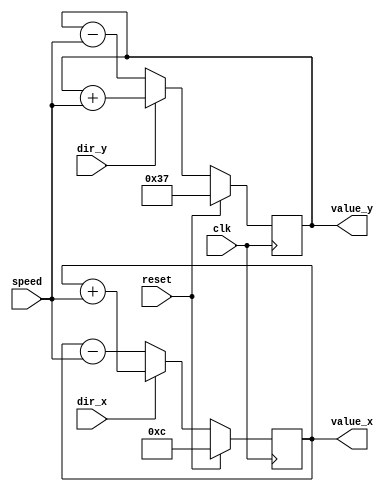
// Module with counters that determining the ball position
// Moves the ball according to the direction given and outputs the position
module ballpos(
	clk,
	reset,
	speed,
	dir_x,		// 0 = LEFT, 1 = RIGHT
	dir_y,		// 0 = UP, 1 = DOWN
	value_x,
	value_y,
	);

	input clk;
	input [4:0] speed;
	input reset;
	input dir_x, dir_y;
	output [10:0] value_x, value_y;

	reg [10:0] value_x, value_y;

	// the initial position of the ball is at the top of the screen, in the middle
	initial begin
		value_x <= 11'b0010;
		value_y <= 11'b110111;
	end

	always @ (posedge clk) begin
		if (reset) begin
			  value_x <= 11'b1100;
		    value_y <= 11'b110111;
		end
		else begin
			// increment x
			if (dir_x) begin
				// right
				value_x <= value_x + speed;
			end
			else begin
				// left
				value_x <= value_x - speed;
			end

			// increment y
			if (dir_y) begin
				// down
				value_y <= value_y + speed;
			end
			else begin
				// up
				value_y <= value_y - speed;
			end
		end
	end

endmodule

// ballcollisions module
// Determines if the ball hits a block or the wall of the playing field
// Outputs the next direction of the ball given the position of the ball
module ballcollisions(
	clk,
	reset,
	ball_x,
	ball_y,
	dir_x,
	dir_y,
	oob,
	hit,
	// selected start direction from user
	dir_ystart,
	// input blocks
	bar1,
	bar2,
	bar3,
	bar4,
	);
	//dir_x,		// 0 = LEFT, 1 = RIGHT
	//dir_y,		// 0 = UP, 1 = DOWN
	// 1 if vertical
	// 0 if horz
	input clk, reset;
	input dir_ystart;
	input [10:0] ball_x, ball_y;
	input [15:0] bar1;
	input [15:0] bar2;
	input [15:0] bar3;
	input [15:0] bar4;
	// hit = 1 if it hits the target, 0 o/w
	// oob = 1 if it hits left wall,
	output dir_x, dir_y, hit, oob;
	reg dir_x, dir_y, hit, oob;

	initial begin
		dir_x <= 1; // Start right bc left is outofbounds
		dir_y <= dir_ystart; // Selected direction for y from user
		oob <= 0;
		hit <= 0;
	end

	always @ (posedge clk) begin
		if (reset) begin
			dir_x <= 1; // Start right bc left is outofbounds
			dir_y <= dir_ystart; // Selected direction for y from user
			oob <= 0;
			hit <= 0;
		end
		else if (!oob) begin
			// out of bounds (i.e. one of the players missed the ball)
			if (ball_x <= 1) begin
				oob <= 1;
			end

			// collision with top & bottom walls
			if (ball_y <= 3) begin
				dir_y = 1; // change direction to down
			end
			if (ball_y >= 115) begin
				dir_y = 0; // change direction to up
			end

			// collision with wall
			if (ball_x >= 114) begin
				dir_x = 0;	// reverse direction
			end

			// Block Collisions - Each Block is 30 x 2 px or 2 x 30px
			// Since Ball x and Y coord start at the top left of the ball and the ball is 4x4
			// We have to see if it collides of the x and y coord which is usually 3px away
			// from the tail of the ball

			// ###################### BLOCK1 ###################################
			// check if vertical block
			if (bar1[0] == 1'b1) begin

			  // check if it hit top of the block
				// Between 3px away on Y and 2px away from X to width 2 of block
			  if (((ball_y == (bar1[15:9] - 2'b11)) && (ball_x >= (bar1[8:1] - 2'b11))
			      && (ball_x <= (bar1[8:1] + 1'b1))))  begin

			    dir_y <= 0; // change the direction to up
			  end

			  // check if hit bottom
				// Collide with bottom Y value of block and 2px away from X to width 2 of block
			  if  ((ball_y == (bar1[15:9] + 5'b11111)) && (ball_x >= (bar1[8:1] - 2'b11))
			      && (ball_x <= (bar1[8:1] + 1'b1))) begin

			    dir_y <= 1; // change the direction to down
			  end

				// check if hit left
				// Between 3px away and length of the block on Y and 3px away on X
			  if ((ball_y >= (bar1[15:9] - 2'b11)) && (ball_y <= (bar1[15:9] + 5'b11111))
			     && (ball_x == (bar1[8:1] - 3'b100))) begin

			    dir_x <= 0; // change the direction to left
			  end

			  // check if hit right
				// Between 3px away and length of the block on Y and the right side of the block
			  if ((ball_y >= (bar1[15:9])) && (ball_y <= (bar1[15:9] + 5'b11111))
			     && (ball_x == (bar1[8:1] + 2'b10))) begin

			     dir_x <= 1; // change the direction to right
			  end
			end

			// ---------------------------------------------------------------------------
			// check if horz block
			if (bar1[0] == 1'b0) begin

			  // check if it hit top
				// 2px away from Y and between 3px away and length of the block on X
			  if (((ball_y == (bar1[15:9] - 3'b100)) && (ball_x >= (bar1[8:1] - 2'b11))
			     && (ball_x <= (bar1[8:1] + 5'b11111))))  begin

			    dir_y <= 0; // change the direction to up
			  end

			  // check if hit bottom
				// hit bottom side of block and between 3px away and length of the block on X
			  if  ((ball_y == (bar1[15:9] + 2'b10)) && (ball_x >= (bar1[8:1] - 2'b11))
			      && (ball_x <= (bar1[8:1] + 5'b11111))) begin

			    dir_y <= 1; // change the direction to down
			  end

			  // check if hit left
				// Between 3px away and length of the block on Y and 3px away on X
			  if ((ball_y >= (bar1[15:9] - 3'b100)) && (ball_y <= (bar1[15:9] + 1'b1))
			     && (ball_x == (bar1[8:1] - 2'b11))) begin

			     dir_x <= 0; // change the direction to left
			  end

			  // check if hit right
				// Between 3px away and length of the block on Y and 3px away on X
			  if ((ball_y >= (bar1[15:9])) && (ball_y <= (bar1[15:9] + 1'b1))
			     && (ball_x == (bar1[8:1] + 5'b11111))) begin

			    dir_x <= 1; // change the direction to right
			  end
			end


			// ###################### BLOCK2 ###################################
			// check if vertical block
			if (bar2[0] == 1'b1) begin

			  // check if it hit top of the block
				// Between 3px away on Y and 2px away from X to width 2 of block
			  if (((ball_y == (bar2[15:9] - 2'b11)) && (ball_x >= (bar2[8:1] - 2'b11))
			      && (ball_x <= (bar2[8:1] + 1'b1))))  begin

			    dir_y <= 0; // change the direction to up
			  end

			  // check if hit bottom
				// Collide with bottom Y value of block and 2px away from X to width 2 of block
			  if  ((ball_y == (bar2[15:9] + 5'b11111)) && (ball_x >= (bar2[8:1] - 2'b11))
			      && (ball_x <= (bar2[8:1] + 1'b1))) begin

			    dir_y <= 1; // change the direction to down
			  end

				// check if hit left
				// Between 3px away and length of the block on Y and 3px away on X
			  if ((ball_y >= (bar2[15:9] - 2'b11)) && (ball_y <= (bar2[15:9] + 5'b11111))
			     && (ball_x == (bar2[8:1] - 3'b100))) begin

			    dir_x <= 0; // change the direction to left
			  end

			  // check if hit right
				// Between 3px away and length of the block on Y and the right side of the block
			  if ((ball_y >= (bar2[15:9])) && (ball_y <= (bar2[15:9] + 5'b11111))
			     && (ball_x == (bar2[8:1] + 2'b10))) begin

			     dir_x <= 1; // change the direction to right
			  end
			end

			// ---------------------------------------------------------------------------
			// check if horz block
			if (bar2[0] == 1'b0) begin

			  // check if it hit top
				// 2px away from Y and between 3px away and length of the block on X
			  if (((ball_y == (bar2[15:9] - 3'b100)) && (ball_x >= (bar2[8:1] - 2'b11))
			     && (ball_x <= (bar2[8:1] + 5'b11111))))  begin

			    dir_y <= 0; // change the direction to up
			  end

			  // check if hit bottom
				// hit bottom side of block and between 3px away and length of the block on X
			  if  ((ball_y == (bar2[15:9] + 2'b10)) && (ball_x >= (bar2[8:1] - 2'b11))
			      && (ball_x <= (bar2[8:1] + 5'b11111))) begin

			    dir_y <= 1; // change the direction to down
			  end

			  // check if hit left
				// Between 3px away and length of the block on Y and 3px away on X
			  if ((ball_y >= (bar2[15:9] - 3'b100)) && (ball_y <= (bar2[15:9] + 1'b1))
			     && (ball_x == (bar2[8:1] - 2'b11))) begin

			     dir_x <= 0; // change the direction to left
			  end

			  // check if hit right
				// Between 3px away and length of the block on Y and 3px away on X
			  if ((ball_y >= (bar2[15:9])) && (ball_y <= (bar2[15:9] + 1'b1))
			     && (ball_x == (bar2[8:1] + 5'b11111))) begin

			    dir_x <= 1; // change the direction to right
			  end
			end

			// ###################### BLOCK3 ###################################
			// check if vertical block
			if (bar3[0] == 1'b1) begin

			  // check if it hit top of the block
				// Between 3px away on Y and 2px away from X to width 2 of block
			  if (((ball_y == (bar3[15:9] - 2'b11)) && (ball_x >= (bar3[8:1] - 2'b11))
			      && (ball_x <= (bar3[8:1] + 1'b1))))  begin

			    dir_y <= 0; // change the direction to up
			  end

			  // check if hit bottom
				// Collide with bottom Y value of block and 2px away from X to width 2 of block
			  if  ((ball_y == (bar3[15:9] + 5'b11111)) && (ball_x >= (bar3[8:1] - 2'b11))
			      && (ball_x <= (bar3[8:1] + 1'b1))) begin

			    dir_y <= 1; // change the direction to down
			  end

				// check if hit left
				// Between 3px away and length of the block on Y and 3px away on X
			  if ((ball_y >= (bar3[15:9] - 2'b11)) && (ball_y <= (bar3[15:9] + 5'b11111))
			     && (ball_x == (bar3[8:1] - 3'b100))) begin

			    dir_x <= 0; // change the direction to left
			  end

			  // check if hit right
				// Between 3px away and length of the block on Y and the right side of the block
			  if ((ball_y >= (bar3[15:9])) && (ball_y <= (bar3[15:9] + 5'b11111))
			     && (ball_x == (bar3[8:1] + 2'b10))) begin

			     dir_x <= 1; // change the direction to right
			  end
			end

			// ---------------------------------------------------------------------------
			// check if horz block
			if (bar3[0] == 1'b0) begin

			  // check if it hit top
				// 2px away from Y and between 3px away and length of the block on X
			  if (((ball_y == (bar3[15:9] - 3'b100)) && (ball_x >= (bar3[8:1] - 2'b11))
			     && (ball_x <= (bar3[8:1] + 5'b11111))))  begin

			    dir_y <= 0; // change the direction to up
			  end

			  // check if hit bottom
				// hit bottom side of block and between 3px away and length of the block on X
			  if  ((ball_y == (bar3[15:9] + 2'b10)) && (ball_x >= (bar3[8:1] - 2'b11))
			      && (ball_x <= (bar3[8:1] + 5'b11111))) begin

			    dir_y <= 1; // change the direction to down
			  end

			  // check if hit left
				// Between 3px away and length of the block on Y and 3px away on X
			  if ((ball_y >= (bar3[15:9] - 3'b100)) && (ball_y <= (bar3[15:9] + 1'b1))
			     && (ball_x == (bar3[8:1] - 2'b11))) begin

			     dir_x <= 0; // change the direction to left
			  end

			  // check if hit right
				// Between 3px away and length of the block on Y and 3px away on X
			  if ((ball_y >= (bar3[15:9])) && (ball_y <= (bar3[15:9] + 1'b1))
			     && (ball_x == (bar3[8:1] + 5'b11111))) begin

			    dir_x <= 1; // change the direction to right
			  end
			end

			// ###################### BLOCK4 ###################################
			// check if vertical block
			if (bar4[0] == 1'b1) begin

			  // check if it hit top of the block
				// Between 3px away on Y and 2px away from X to width 2 of block
			  if (((ball_y == (bar4[15:9] - 2'b11)) && (ball_x >= (bar4[8:1] - 2'b11))
			      && (ball_x <= (bar4[8:1] + 1'b1))))  begin

			    dir_y <= 0; // change the direction to up
			  end

			  // check if hit bottom
				// Collide with bottom Y value of block and 2px away from X to width 2 of block
			  if  ((ball_y == (bar4[15:9] + 5'b11111)) && (ball_x >= (bar4[8:1] - 2'b11))
			      && (ball_x <= (bar4[8:1] + 1'b1))) begin

			    dir_y <= 1; // change the direction to down
			  end

				// check if hit left
				// Between 3px away and length of the block on Y and 3px away on X
			  if ((ball_y >= (bar4[15:9] - 2'b11)) && (ball_y <= (bar4[15:9] + 5'b11111))
			     && (ball_x == (bar4[8:1] - 3'b100))) begin

			    dir_x <= 0; // change the direction to left
			  end

			  // check if hit right
				// Between 3px away and length of the block on Y and the right side of the block
			  if ((ball_y >= (bar4[15:9])) && (ball_y <= (bar4[15:9] + 5'b11111))
			     && (ball_x == (bar4[8:1] + 2'b10))) begin

			     dir_x <= 1; // change the direction to right
			  end
			end

			// ---------------------------------------------------------------------------
			// check if horz block
			if (bar4[0] == 1'b0) begin

			  // check if it hit top
				// 2px away from Y and between 3px away and length of the block on X
			  if (((ball_y == (bar4[15:9] - 3'b100)) && (ball_x >= (bar4[8:1] - 2'b11))
			     && (ball_x <= (bar4[8:1] + 5'b11111))))  begin

			    dir_y <= 0; // change the direction to up
			  end

			  // check if hit bottom
				// hit bottom side of block and between 3px away and length of the block on X
			  if  ((ball_y == (bar4[15:9] + 2'b10)) && (ball_x >= (bar4[8:1] - 2'b11))
			      && (ball_x <= (bar4[8:1] + 5'b11111))) begin

			    dir_y <= 1; // change the direction to down
			  end

			  // check if hit left
				// Between 3px away and length of the block on Y and 3px away on X
			  if ((ball_y >= (bar4[15:9] - 3'b100)) && (ball_y <= (bar4[15:9] + 1'b1))
			     && (ball_x == (bar4[8:1] - 2'b11))) begin

			     dir_x <= 0; // change the direction to left
			  end

			  // check if hit right
				// Between 3px away and length of the block on Y and 3px away on X
			  if ((ball_y >= (bar4[15:9])) && (ball_y <= (bar4[15:9] + 1'b1))
			     && (ball_x == (bar4[8:1] + 5'b11111))) begin

			    dir_x <= 1; // change the direction to right
			  end
			end

		// check if ball hit target
		// Target is between 55px and 65px on the right edge on the playing board
		if ((ball_x == 10'b1110011) && (ball_y <= 10'b1000010) && (ball_y >= 10'b110111)) begin
			hit <= 1'b1;
		end // ends if !oob block
	end  // end else if
end // end always block
endmodule